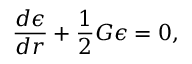
\frac { d \epsilon } { d r } + \frac { 1 } { 2 } G \epsilon = 0 ,